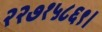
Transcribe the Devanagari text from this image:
२२७१५८६९।